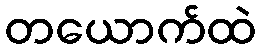
တယောက်ထဲ